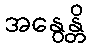
အနွေန္တိ